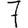
Digit: 7